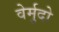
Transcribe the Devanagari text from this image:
वेर्मुदो